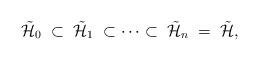
LaTeX: \begin{align*}\tilde{{\cal H}}_0\;\subset\;\tilde{{\cal H}}_1\;\subset\cdots\subset\; \tilde{{\cal H}}_n\;=\;\tilde{{\cal H}},\end{align*}